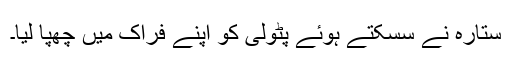
ستارہ نے سسکتے ہوئے پٹولی کو اپنے فراک میں چھپا لیا۔